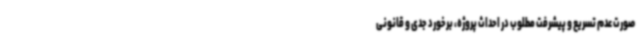
صورت عدم تسریع و پیشرفت مطلوب در احداث پروژه، برخورد جدی و قانونی